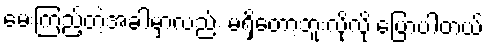
မေးကြည့်တဲ့အခါမှာလည်း မရှိတော့ဘူးလိုလို ပြောပါတယ်